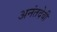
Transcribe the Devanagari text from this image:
अनंतदेवी